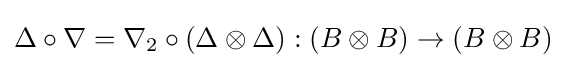
\Delta \circ \nabla =\nabla _{2}\circ (\Delta \otimes \Delta ):(B\otimes B)\to (B\otimes B)